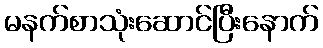
မနက်စာသုံးဆောင်ပြီးနောက်